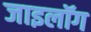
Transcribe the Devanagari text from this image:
जाइलॉग